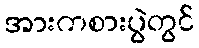
အားကစားပွဲတွင်